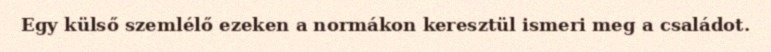
Egy külső szemlélő ezeken a normákon keresztül ismeri meg a családot.